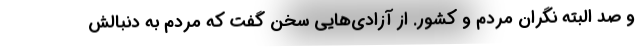
و صد البته نگران مردم و کشور. از آزادی‌هایی سخن گفت که مردم به دنبالش